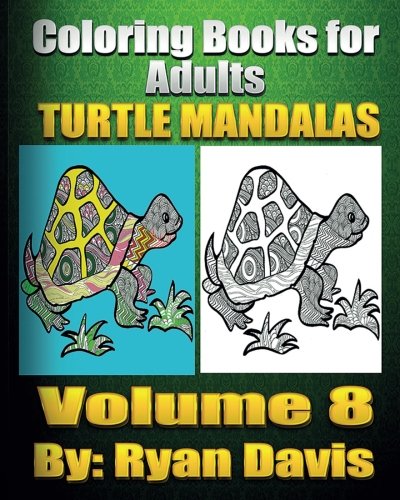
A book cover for Coloring Book For Adults Turtle Mandalas (Animals & Mandalas ); Ryan Davis; Comics & Graphic Novels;